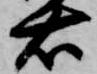
右